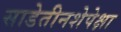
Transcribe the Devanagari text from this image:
साडेतीनशेपेक्षा